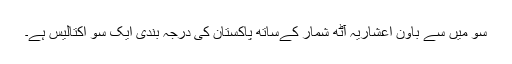
سو میں سے باون اعشاریہ آٹھ شمار کےساتھ پاکستان کی درجہ بندی ایک سو اکتالیس ہے۔